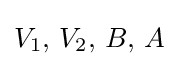
V_{1},\,V_{2},\,B,\,A